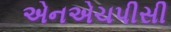
એનએચપીસી